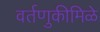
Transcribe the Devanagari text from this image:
वर्तणुकीमिळे